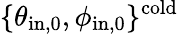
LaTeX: \{ \theta_{\mathrm{in,0}},\phi_{\mathrm{in,0}}\} ^{\mathrm{cold}}